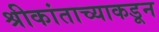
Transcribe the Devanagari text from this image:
श्रीकांताच्याकडून